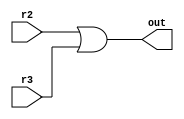
`timescale 1ns / 1ns
//////////////////////////////////////////////////////////////////////////////////
// Company: 
// Engineer: 
// 
// Design Name: 
// Module Name:    or_bit 
// Project Name: 
// Target Devices: 
// Tool versions: 
// Description: 
//
// Dependencies: 
//
// Revision: 
// Revision 0.01 - File Created
// Additional Comments: 
//
//////////////////////////////////////////////////////////////////////////////////

module or_bit(out,r2,r3);

	input r2,r3; 
	output out;    
	
	or orring(out,r2,r3);
	
endmodule